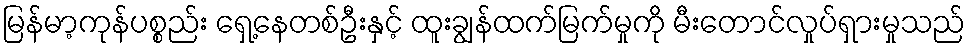
မြန်မာ့ကုန်ပစ္စည်း ရှေ့နေတစ်ဦးနှင့် ထူးချွန်ထက်မြက်မှုကို မီးတောင်လှုပ်ရှားမှုသည်